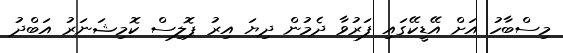
މިސްބާހު އަށް އޭޑީކޭގައި ފަރުވާ ދެމުން ދިޔަ އިރު ޕޮލިސް ކޮމިޝަނަރު އަބްދު